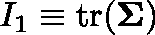
I _ { 1 } \equiv \mathrm { t r } ( \mathbf { \Sigma } )